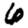
Digit: 6